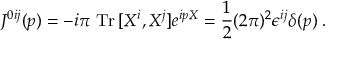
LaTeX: J ^ { 0 i j } ( p ) = - i \pi ~ \mathrm { T r } \, [ X ^ { i } , X ^ { j } ] e ^ { i p X } = \frac { 1 } { 2 } ( 2 \pi ) ^ { 2 } \epsilon ^ { i j } \delta ( p ) \; .